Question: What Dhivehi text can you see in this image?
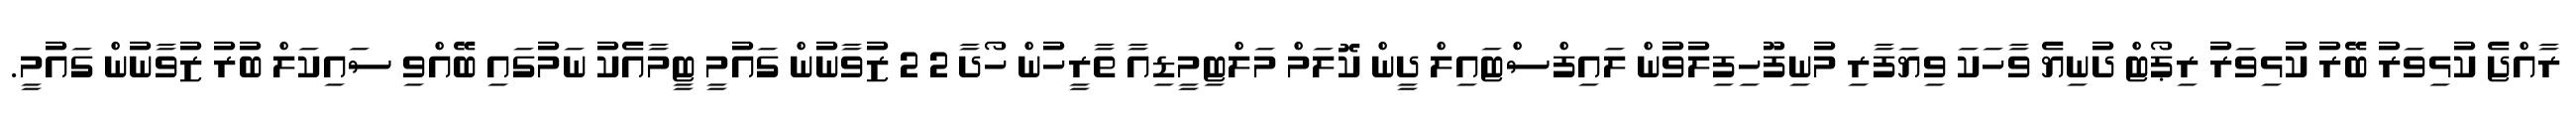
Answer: ރާއްޖެ ކުޅިވަރު ބޭރު ކުޅިވަރު ރިޕޯޓް ދުނިޔެ ވާހަކަ ވިޔަފާރި މުނިފޫހިފިލުވުން ލައިފްސްޓައިލް ދީން ކޮލަމް މަލްޓިމީޑިއާ ތާރީހުން ހޯދާ 2 2 ޒުވާނުން ގައުމީ ޓީމާއެކު ނަމުގައި ބޭއްވި ސައިކަލް ބުރު ޒުވާނުން ގައުމީ.